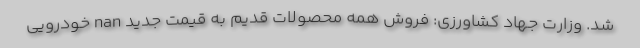
شد. وزارت جهاد کشاورزی: فروش همه محصولات قدیم به قیمت جدید nan خودرویی